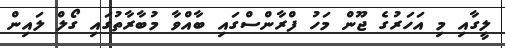
ލީގާއި މި އަހަރުގެ ޖޫން މަހު ފްރާންސްގައި ބާއްވާ މުބާރާތުގައި ގޯލް ލައިން